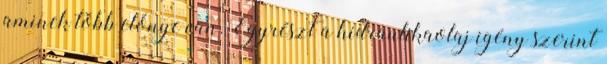
aminek több előnye van. Egyrészt a hidraulikaolaj igény szerint